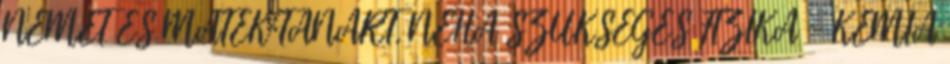
NÉMET ÉS MATEK TANÁRT. NÉHA SZÜKSÉGES FIZIKA - KÉMIA